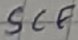
Text: SCF